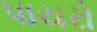
પાયરો